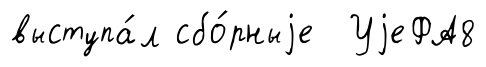
выступа́л сбо́рныjе УjеФА8